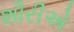
શૌરીએ